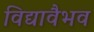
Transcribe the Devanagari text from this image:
विद्यावैभव